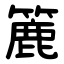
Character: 簏